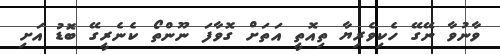
ވާނުވާ ނޭގޭ ހެކިވެރިޔާ ތިއޮތީ އަތަށް ގޮވާފަ ނޫންތޯ ކެނެރީގޭ ބޮޑު އަށި